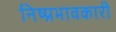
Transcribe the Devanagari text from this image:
निष्प्रभावकारी